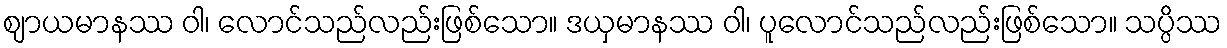
ဈာယမာနဿ ဝါ၊ လောင်သည်လည်းဖြစ်သော။ ဒယှမာနဿ ဝါ၊ ပူလောင်သည်လည်းဖြစ်သော။ သပ္ပိဿ